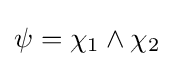
\psi =\chi _{1}\land \chi _{2}